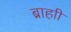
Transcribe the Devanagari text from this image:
ब्राहाी